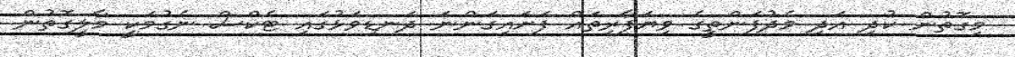
މިގޮތުން ކުދި އަދި މެދުފަންތީގެ ވިޔަފާރިތައް ފަށައިގަންނަ ދަނޑިވަޅުގައި ޓެކްސް ނެގުމަކީ މާލީގޮތުން